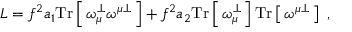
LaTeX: L = f ^ { 2 } a _ { 1 } \mathrm { T r } \left[ \, \omega _ { \mu } ^ { \perp } \omega ^ { \mu \perp } \, \right] + f ^ { 2 } a _ { 2 } \mathrm { T r } \left[ \, \omega _ { \mu } ^ { \perp } \, \right] \mathrm { T r } \left[ \, \omega ^ { \mu \perp } \, \right] \ ,